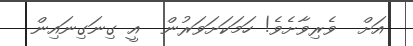
އަށް  ވެރިވާށެވެ! ހަމަކަށަވަރުން  އީ ގިނަގިނައިން